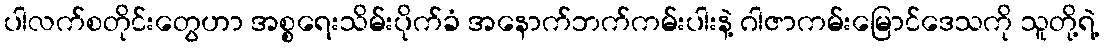
ပါလက်စတိုင်းတွေဟာ အစ္စရေးသိမ်းပိုက်ခံ အနောက်ဘက်ကမ်းပါးနဲ့ ဂါဇာကမ်းမြောင်ဒေသကို သူတို့ရဲ့